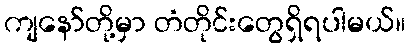
ကျနော်တို့မှာ တံတိုင်းတွေရှိရပါမယ်။